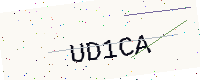
Text: UD1CA